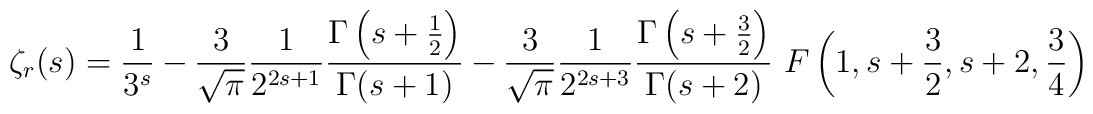
\zeta_r(s) = {{1} \over {3^{s}}} - {{3} \over {\sqrt{\pi}}} {{1} \over {2^{2s+1}}} {{\Gamma \left(s + {{1} \over {2}}\right)} \over {\Gamma(s + 1)}}- {{3} \over {\sqrt{\pi}}} {{1} \over {2^{2s+3}}} {{\Gamma \left(s + {{3} \over {2}}\right)} \over {\Gamma(s + 2)}} \ F\left(1, s + {{3} \over {2}}, s + 2, {{3} \over {4}}\right)